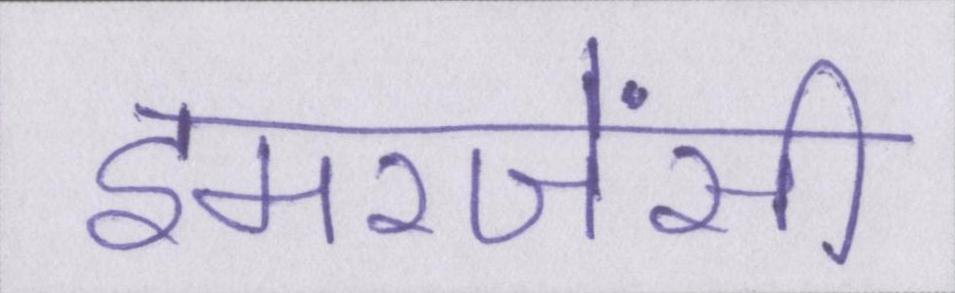
इमरजेंसी